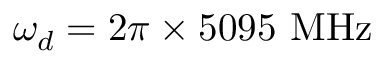
\omega _ { d } = 2 \pi \times 5 0 9 5 ~ \mathrm { M H z }